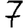
Digit: 7